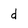
Character: d